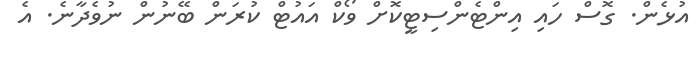
އުޅެން. ގޮސް ހައި އިންޓެންސިޓީކޮށް ވޯކް އައުޓް ކުރަން ބޭނުން ނުވެދާނެ. އެ